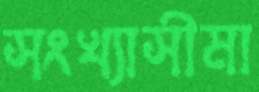
সংখ্যাসীমা